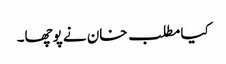
کیا مطلب خان نے پوچھا۔